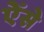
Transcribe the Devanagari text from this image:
ऐंसे